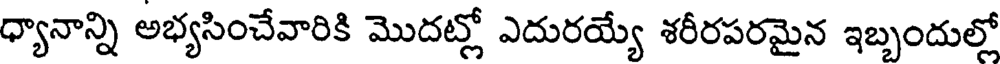
ధ్యానాన్ని అభ్యసించేవారికి మొదట్లో ఎదురయ్యే శరీరపరమైన ఇబ్బందుల్లో